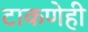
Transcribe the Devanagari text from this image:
टाकणेही